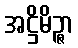
အဋ္ဌိမိဉ္ဇာ